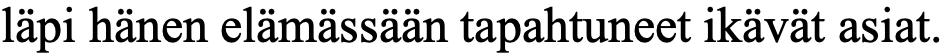
läpi hänen elämässään tapahtuneet ikävät asiat.